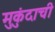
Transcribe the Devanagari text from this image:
मुकुंदाची